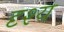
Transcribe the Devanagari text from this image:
दृश्‍य